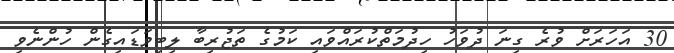
30 އަހަރަށް ވުރެ ގިނަ ދުވަހު ހިދުމަތްކުރައްވައި ކަމުގެ ތަޖުރިބާ ލިބިވަޑައިގެން ހުންނެވި